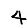
Digit: 4